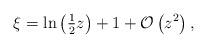
LaTeX: \begin{align*}\xi =\ln \left( {{\tfrac{1}{2}}z}\right) +1+\mathcal{O}\left( {z^{2}}\right), \end{align*}